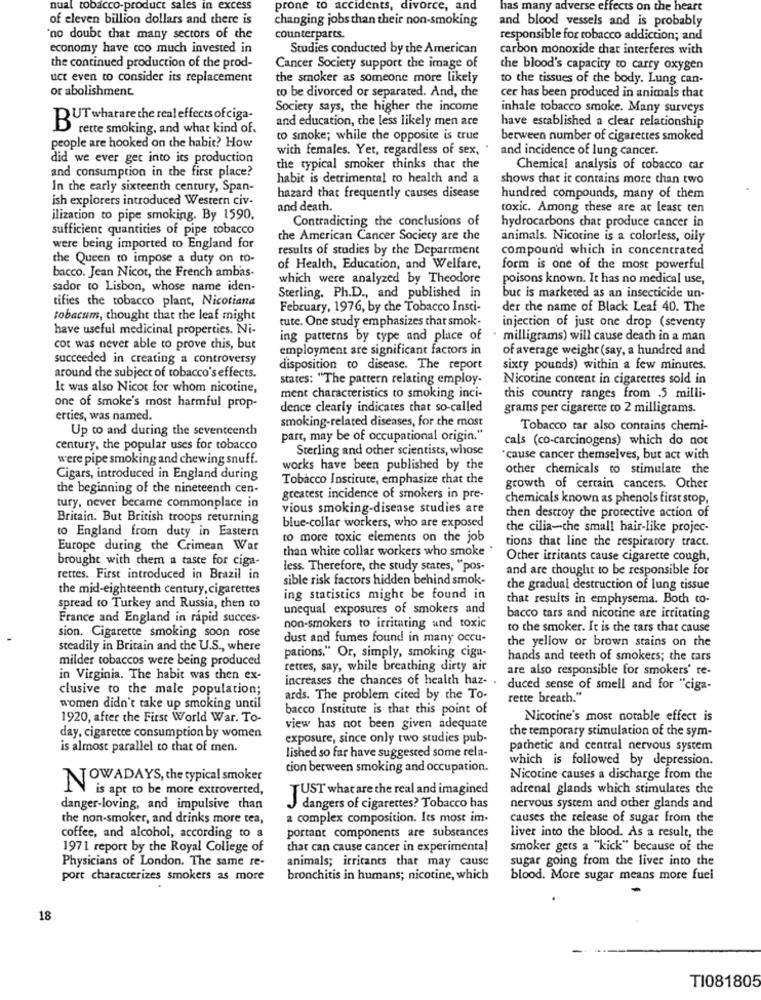
nual tobacco-product sales in excess
prone to accidents, divorce, and
has many adverse effects on the heart
of eleven billion dollars and there is
changing jobs than their non-smoking
and blood vessels and is probably
no doubt that many sectors of the
counterparts.
responsible for tobacco addiction; and
economy have too much invested in
Studies conducted by the American
carbon monoxide that interferes with
the continued production of the prod-
Cancer Society support the image of
the blood's capacity to carry oxygen
uct even to consider its replacement
the smoker as someone more likely
to the tissues of the body. Lung can-
or abolishment.
to be divorced or separated. And, the
cer has been produced in animals that
Society says, the higher the income
inhale tobacco smoke. Many surveys
BUT whatare the real effects ofciga-
and education, the less likely men are
have established a clear relationship
rette smoking, and what kind of.
to smoke; while the opposite is true
between number of cigarettes smoked
people are hooked on the habit? How
with females. Yet, regardless of sex,
and incidence of lung cancer.
did we ever get into its production
and consumption in the first place?
the typical smoker thinks that the
Chemical analysis of tobacco car
habit is detrimental to health and a
shows that it contains more than two
In the early sixteenth century, Span-
ish explorers introduced Western civ-
hazard that frequently causes disease
hundred compounds, many of them
and death.
toxic. Among these are at least ten
ilizacion to pipe smoking. By 1590,
Contradicting the conclusions of
sufficient quantities of pipe tobacco
hydrocarbons chat produce cancer in
the American Cancer Society are the
animals. Nicotine is a colorless, oily
were being imported to England for
results of studies by the Department
compound which in concentrated
the Queen to impose a duty on to-
of Health, Education, and Welfare,
form is one of the most powerful
bacco. Jean Nicot, the French ambas-
which were analyzed by Theodore
poisons known. It has no medical use,
sador to Lisbon, whose name iden-
tifies the tobacco plant, Nicotiana
Sterling, Ph.D ., and published in
buc is marketed as an insecticide un-
February, 1976, by che Tobacco Insti-
der the name of Black Leaf 40. The
tobacum, thought that the leaf might
tute. One study emphasizes that smok-
have useful medicinal properties. Ni-
injection of just one drop (seventy
ing patterns by type and place of
milligrams) will cause death in a man
cot was never able to prove chis, but
employment are significant factors in
of average weight (say, a hundred and
succeeded in creating a controversy
disposition to disease. The report
sixty pounds) within a few minutes.
around the subject of tobacco's effects.
states: "The pattern relating employ-
Nicotine content in cigarettes sold in
It was also Nicot for whom nicotine,
ment characteristics to smoking inci-
this country ranges from .5 milli-
one of smoke's most harmful prop-
dence clearly indicates that so-called
grams per cigarette co 2 milligrams.
erties, was named.
smoking-related diseases, for the most
Up to and during the seventeenth
Tobacco tar also contains chemi-
part, may be of occupational origin."
cals (co-carcinogens) which do not
century, the popular uses for tobacco
Sterling and other scientists, whose
were pipe smoking and chewing snuff.
"cause cancer themselves, but act with
works have been published by the
other chemicals to stimulate the
Cigars, introduced in England during
Tobacco Institute, emphasize that the
the beginning of the nineteenth cen-
growth of certain cancers. Other
greatest incidence of smokers in pre-
chemicals known as phenols first stop,
tury, never became commonplace in
vious smoking-disease studies are
then destroy the protective action of
Britain. But British troops returning
to England from duty in Eastern
blue-collar workers, who are exposed
the cilia-the small hair-like projec-
to more toxic elements on the job
Europe during the Crimean War
than white collar workers who smoke
tions that line the respiratory tract.
brought with them a taste for ciga-
Other irritants cause cigarette cough,
less. Therefore, the study states, "pos-
and are thought to be responsible for
rettes. First introduced in Brazil in
sible risk factors hidden behind smok-
the mid-eighteenth century, cigarettes
the gradual destruction of lung tissue
ing statistics might be found in
that results in emphysema. Both co-
spread to Turkey and Russia, then to
unequal exposures of smokers and
France and England in rapid succes.
bacco tars and nicotine are irritating
sion. Cigarette smoking soon rose
non-smokers to irritating und toxic
to the smoker. It is the tars that cause
dust and fumes found in many occu-
steadily in Britain and the U.S ., where
the yellow or brown stains on the
milder tobaccos were being produced
parions." Or, simply, smoking ciga-
hands and teeth of smokers; the tars
rettes, say, while breathing dirty ait
are also responsible for smokers' re-
in Virginia. The habit was then ex-
increases the chances of health haz- .
clusive to the male population;
duced sense of smell and for "ciga-
ards. The problem cited by the To-
rette breath."
women didn't take up smoking until
bacco Institute is that this point of
1920, after the First World War. To-
Nicotine's most notable effect is
view has not been given adequate
the temporary stimulation of the sym-
day, cigarette consumption by women
exposure, since only two studies pub-
is almost parallel to that of men.
pathetic and central nervous system
lished so far have suggested some rela-
which is followed by depression.
cion between smoking and occupation.
NOWADAYS, the typical smoker
Nicotine causes a discharge from the
is apt to be more extroverted,
TUST what are the real and imagined
adrenal glands which stimulates che
danger-loving, and impulsive than
dangers of cigarettes? Tobacco has
nervous system and other glands and
the non-smoker, and drinks more tea,
a complex composition. Its most im-
causes the release of sugar from the
portant components are substances
coffee, and alcohol, according to a
liver into the blood. As a result, the
1971 report by the Royal College of
that can cause cancer in experimental
smoker gets a "kick" because of the
Physicians of London. The same re-
animals; irritants that may cause
sugar going from the liver into the
port characterizes smokers as more
bronchitis in humans; nicotine, which
blood. More sugar means more fuel
18
TI081805